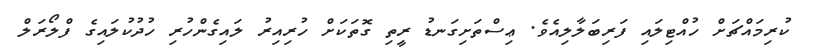
ކުރިމައްޗަށް ހުއްޓިލައި ފަރިބަލާލިއެވެ. ޢިސްތަށިގަނޑު ރީިތި ގޮތަކަށް ހުރިއިރު ލައިގެންހުރި ހުދުކުލައިގެ ފްލޯރަލް